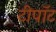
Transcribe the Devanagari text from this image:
टीपॉट